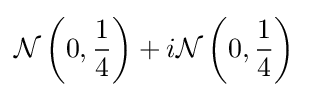
{\mathcal {N}}\left(0,{\frac {1}{4}}\right)+i{\mathcal {N}}\left(0,{\frac {1}{4}}\right)